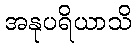
အနုပရိယာသိ